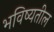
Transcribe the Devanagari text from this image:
भविष्यतील